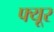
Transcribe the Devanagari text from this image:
फ्यूर